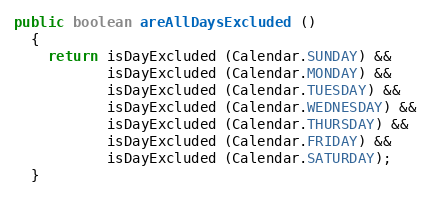
Language: Java
public boolean areAllDaysExcluded ()
  {
    return isDayExcluded (Calendar.SUNDAY) &&
           isDayExcluded (Calendar.MONDAY) &&
           isDayExcluded (Calendar.TUESDAY) &&
           isDayExcluded (Calendar.WEDNESDAY) &&
           isDayExcluded (Calendar.THURSDAY) &&
           isDayExcluded (Calendar.FRIDAY) &&
           isDayExcluded (Calendar.SATURDAY);
  }